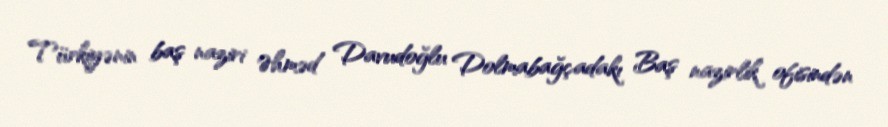
Türkiyənin baş naziri Əhməd Davudoğlu Dolmabağçadakı Baş nazirlik ofisindən